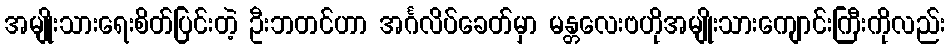
အမျိုးသားရေးစိတ်ပြင်းတဲ့ ဦးဘတင်ဟာ အင်္ဂလိပ်ခေတ်မှာ မန္တလေးဗဟိုအမျိုးသားကျောင်းကြီးကိုလည်း